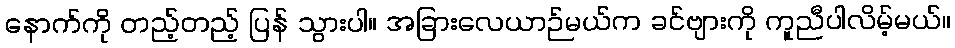
နောက်ကို တည့်တည့် ပြန် သွားပါ။ အခြားလေယာဉ်မယ်က ခင်ဗျားကို ကူညီပါလိမ့်မယ်။